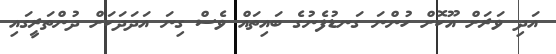
އަދި ވަރަށް އޫކޮށް ހުންނަ ގަނޑުފެނުގެ ބައިތައް ވެސް ގިނަ އަދަދަކަށް ދުންތަރީގައި